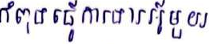
កំពុងធ្វើការងារអ្វីមួយ